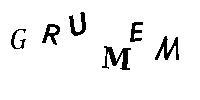
GRUMEM